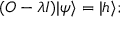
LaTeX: ( O - \lambda I ) | \psi \rangle = | h \rangle ;